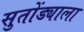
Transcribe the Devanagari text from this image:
सुतोंड्याला